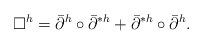
LaTeX: \begin{align*} \Box^h = \bar{\partial}^h\circ\bar{\partial}^{*h} + \bar{\partial}^{*h}\circ\bar{\partial}^h.\end{align*}